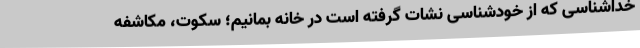
خداشناسی که از خودشناسی نشات گرفته است در خانه بمانیم؛ سکوت، مکاشفه